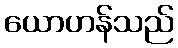
ယောဟန်သည်